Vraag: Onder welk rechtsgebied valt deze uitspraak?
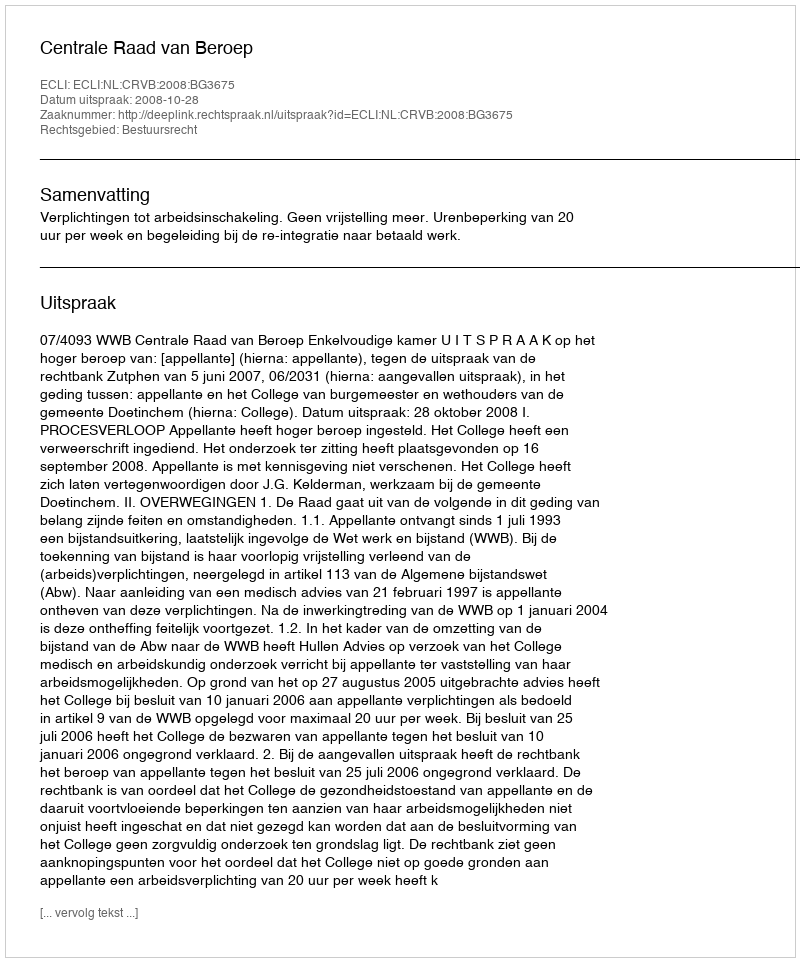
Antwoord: Bestuursrecht